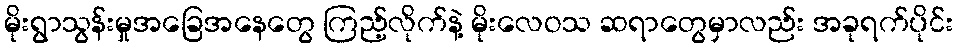
မိုးရွာသွန်းမှုအခြေအနေတွေ ကြည့်လိုက်နဲ့ မိုးလေဝသ ဆရာတွေမှာလည်း အခုရက်ပိုင်း